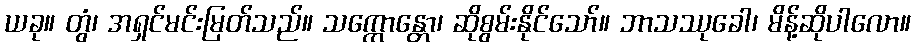
ယခု။ တွံ၊ အရှင်မင်းမြတ်သည်။ သက္ကောန္တော၊ ဆိုစွမ်းနိုင်သော်။ ဘာသဿုခေါ၊ မိန့်ဆိုပါလော။